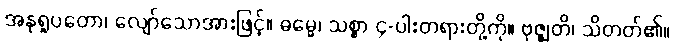
အနုရူပတော၊ လျော်သောအားဖြင့်။ ဓမ္မေ၊ သစ္စာ ၄-ပါးတရားတို့ကို။ ဗုဇ္ဈတိ၊ သိတတ်၏။